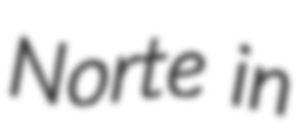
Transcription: Norte in